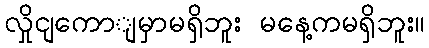
လှိုငျကောျမှာမရှိဘူး မနေ့ကမရှိဘူး။